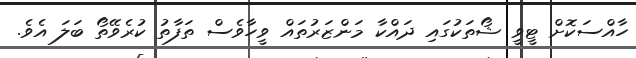
ހާއްސަކޮށް ޓީވީ ޝޯތަކުގައި ދައްކާ މަންޒަރުތައް ވީހާވެސް ތަފާތު ކުރެވޭތޯ ބަލަ އެވެ.